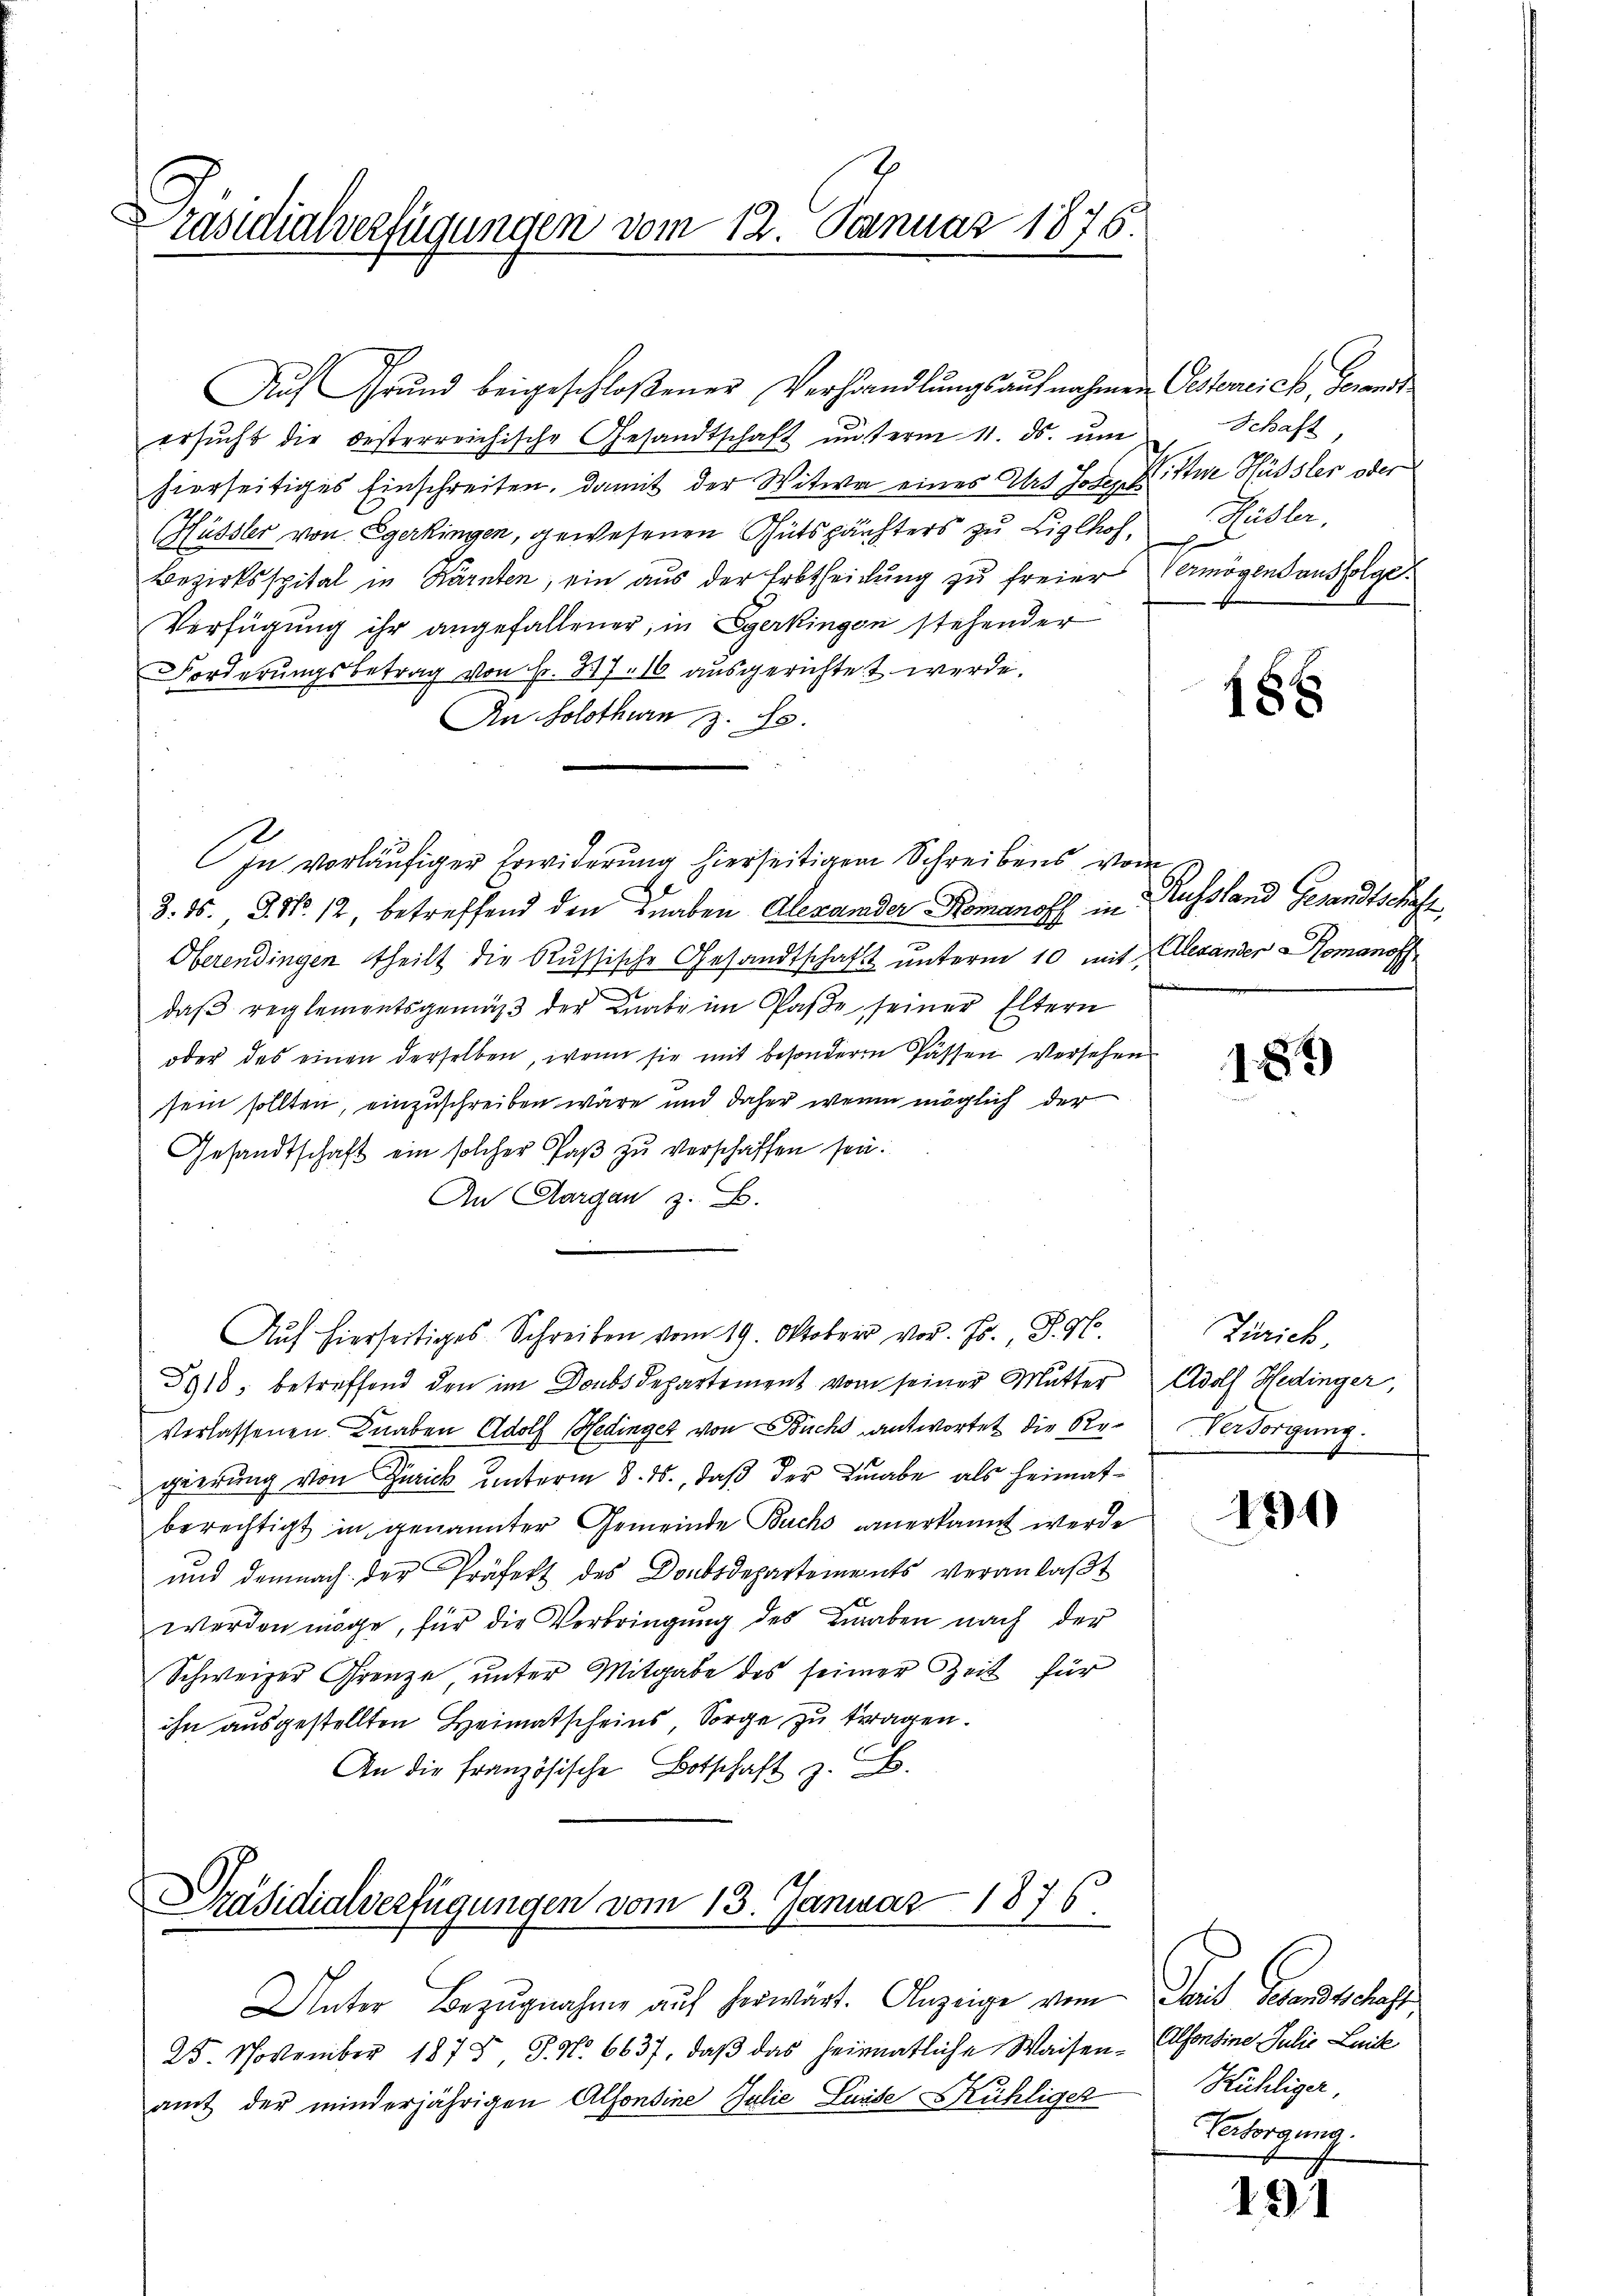
Präsidialverfügungen vom 12. Januar 1876.

Aŭf Grŭnd beigeschloßener Verhandlŭngsaŭfnahmen Gesterreich, Gewandt
ersucht die besterreichische Gesandtschaft unterm 11. ds. um
hierseitiges Einschreiten, damit der Witwe eines Urs Josef Wittur Häusler oder
(Hüssler von Egerkingen, gewesenen Gutspächters zu Lielhof,
Bezirksspital in Kärnten, ein aus der Erbtheilung zu freier Vermögensausfolge
Verfügung ihr angefallener, in Egerkingen stehender
Forderungsbetrag von Fr. 317. 16 ausgerichtet werde.
An Solothurn z. S.
In vorläufiger Erwiderung hierseitigem Schreibens vom
3. 85. 8. No. 12, betreffend den Knaben Alexander Romanoff in
Oberendingen theilt die Russische Gesandtschaft unterm 10 mit
daβ reglementsgemäβ der Knabe im Paβe seiner Eltern
oder des einen derselben, wenn sie mit besondere Passen Versehen
sein sollten, einzuschreiben wäre und daher wenn möglich der
Gesandtschaft ein solcher Paß zu verschaffen sei.
An Aargau z. B.
Auf hierseitiges Schreiben vom 19. Oktober vor. Js., P. M.
8918, betreffend den im Donbsdepartement vom seiner Mutter Adolf Hedinger,
verlassenen. Knaben Adolf Hedinger von Buchs antwortet die Regierung von Zürich unterm 8. ds., daß der Linabe als Heimatberechtigt in genannter Gemeinde Buchs anerkannt werde
und demnach der Präfekt des Donbsdepartements veranlaβt
e
werden möge, für die Verbringung des Benaben nach der
Schweizer Grenze unter Mitgabe des seiner Zeit für
ihn ausgestellten Heimatscheins Sorge zu tragen.
An die französische Botschaft z. B.

Präsidialverfügungen vom 13. Januar 1876.

Unter Bezŭgnahme aŭf herwärt. Anzeige vom
25. November 1878 J. No 6637, daß das heimatliche Waisen-Alfonsine Julie Laik
amt der minderjährigen Alfondine Julie Luise Kühliger

Schaft,
Gudler.

18 x

Russland Gesandtschaft,
Alexander Romanoff

185)

Zürich,
Versorgung.

190

Land Transchaft
Kühliger,
Versorgung.

191